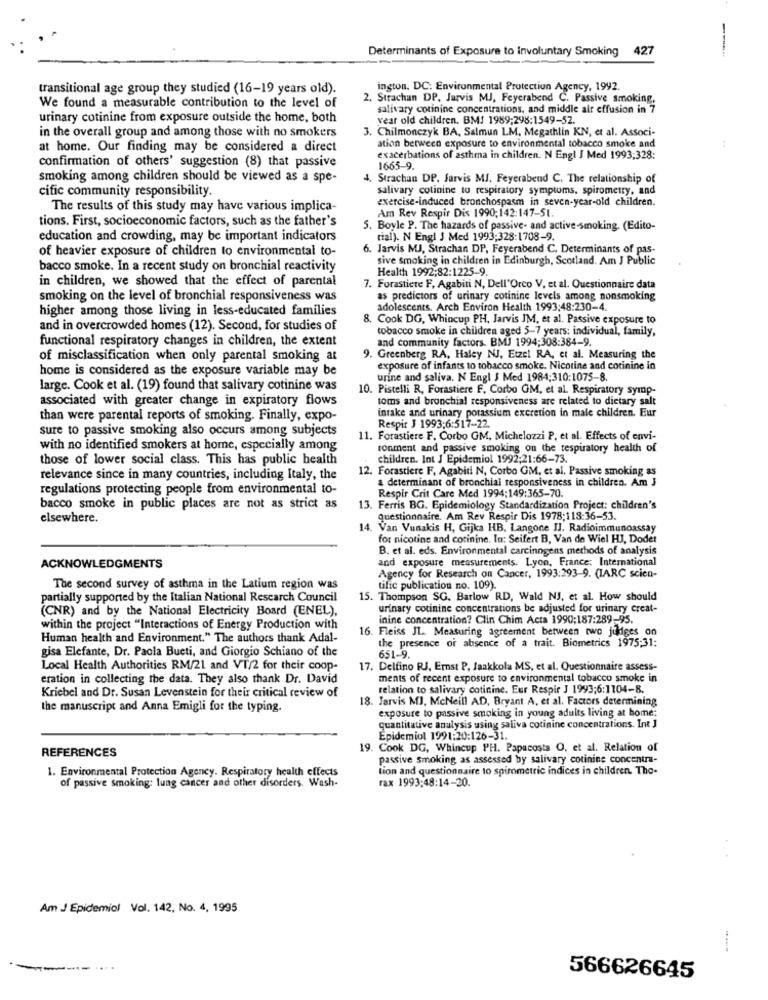
Determinants of Exposure to involuntary Smoking
427
---
transitional age group they studied (16-19 years old).
ington, DC: Environmental Protection Agency, 1992.
2, Strachan DP. Jarvis MJ, Feyerabend C. Passive smoking,
We found a measurable contribution to the level of
salivary cotinine concentrations, and middle air effusion in 7
urinary cotinine from exposure outside the home, both
year old children. BM! 1989:298:1549-52.
3. Chilmonczyk BA, Salmun LM, Megathlin KN, et al. Associ-
in the overall group and among those with no smokers
at home. Our finding may be considered a direct
ation between exposure to environmental tobacco smoke and
confirmation of others' suggestion (8) that passive
exacerbations of asthma in children. N Engl J Med 1993;328:
1665-9.
smoking among children should be viewed as a spe-
4. Strachan DP. Jarvis MJ. Feyerabend C. The relationship of
cific community responsibility.
salivary cotinine to respiratory symptoms, spirometry, and
exercise-induced bronchospasm in seven-year-old children.
The results of this study may have various implica-
Am Rev Respir Dis 1990; 142:147-51.
tions. First, socioeconomic factors, such as the father's
5. Boyle P. The hazards of passive- and active-smoking. (Edito-
education and crowding, may be important indicators
rial). N Engl J Med 1993:328:1708-9.
of heavier exposure of children to environmental to-
6. Jarvis MJ, Strachan DP, Feyerabend C. Determinants of pas-
sive smoking in children in Edinburgh, Scotland. Am J Public
bacco smoke. In a recent study on bronchial reactivity
Health 1992;82:1225-9.
in children, we showed that the effect of parental
7. Forastiere F, Agabiti N, Dell'Orco V. et al. Questionnaire data
smoking on the level of bronchial responsiveness was
as predictors of urinary cotinine levels among nonsmoking
higher among those living in less-educated families
adolescents. Arch Environ Health 1993:48:230-4.
8. Cook DG, Whincup PH, Jarvis IM, et al. Passive exposure to
and in overcrowded homes (12). Second, for studies of
tobacco smoke in children aged 5-7 years: individual, family,
functional respiratory changes in children, the extent
and community factors. BMJ 1994;308:384-9.
of misclassification when only parental smoking at
9. Greenberg RA, Haley NJ, Etzel RA, et al. Measuring the
home is considered as the exposure variable may be
exposure of infants to tobacco smoke. Nicotine and cotinine in
urine and saliva. N Engl J Med 1984:310:1075-8.
large. Cook et al. (19) found that salivary cotinine was
10. Pistelli R, Forastiere F, Corbo GM, et al. Respiratory symp-
associated with greater change in expiratory flows
toms and bronchial responsiveness are related to dietary salt
intake and urinary porassium excretion in male children. Eur
than were parental reports of smoking. Finally, expo-
sure to passive smoking also occurs among subjects
Respir J 1993:6:517-22.
11. Forastiere F. Corbo GM, Michelozzi P. et al. Effects of envi-
with no identified smokers at home, especially among
ronment and passive smoking on the respiratory health of
those of lower social class. This has public health
children. Int J Epidemiol 1992;21:66-73.
12. Forastiere F. Agabiti N, Corbo GM, et al. Passive smoking as
relevance since in many countries, including Italy, the
a determinant of bronchial responsiveness in children. Am J
regulations protecting people from environmental to-
Respir Crit Care Med 1994:149:365-70.
bacco smoke in public places are not as strict as
13. Ferris BG. Epidemiology Standardization Project: children's
elsewhere.
questionnaire. Am Rev Respir Dis 1978:118-36-53.
14. Van Vunakis H, Gijka HB, Langone IJ. Radioimmunoassay
for nicotine and cotinine. In: Seifert B, Van de Wiel HJ, Dodet
B. et al. eds. Environmental carcinogens methods of analysis
and exposure measurements. Lyon, France: International
ACKNOWLEDGMENTS
Agency for Research on Cancer, 1993:293-9. (IARC scien-
The second survey of asthma in the Latium region was
tific publication no. 109).
partially supported by the Italian National Research Council
15. Thompson SG. Barlow RD, Wald NJ, et al. How should
(CNR) and by the National Electricity Board (ENEL),
urinary cotinine concentrations be adjusted for urinary creat-
inine concentration? Clin Chim Acta 1990;187:289-95.
within the project "Interactions of Energy Production with
16. Fleiss JL. Measuring agreement between two judges on
Human health and Environment." The authors thank Adal-
gisa Elefante, Dr. Paola Bueti, and Giorgio Schiano of the
the presence of absence of a trait. Biometrics 1975:31:
651-9.
Local Health Authorities RM/21 and VT/2 for their coop-
17. Delfino RJ, Emst P, Jaakkola MS, et al. Questionnaire assess-
eration in collecting the data. They also thank Dr. David
ments of recent exposure to environmental tobacco smoke in
relation to salivary cotinine. Eur Respir J 1993;6:1104-8.
Kriebel and Dr. Susan Levenstein for their critical review of
18. Jarvis MJ. McNeill AD, Bryant A, et al. Factors determining
the manuscript and Anna Emigli for the typing.
exposure to passive smoking in young adults living at home:
quantitative analysis using saliva cotinine concentrations. Int J
Epidemiol 1991:20:126-31.
REFERENCES
19. Cook DG. Whincup PH. Papacosta O, et al. Relation of
passive smoking as assessed by salivary cotinine concentra-
1. Environmental Protection Agency. Respiratory health effects
lion and questionnaire to spirometrie indices in children. Tho-
rax 1993:48:14-20.
of passive smoking: lung cancer and other disorders. Wash-
Am J Epidemiol Vol. 142, No. 4, 1995
----
566626645